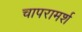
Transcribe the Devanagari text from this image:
चापरामर्श